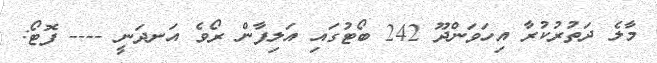
މާލެ ދަތުރުކުރާ އިހަވަންދޫ 242 ބޯޓުގައި އަލިފާން ރޯވެ އަނދަނީ ---- ފޮޓޯ: